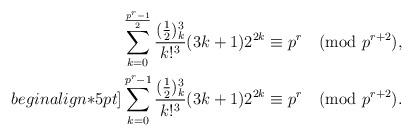
LaTeX: \begin{align*}\sum_{k=0}^{\frac{p^r-1}{2}} \frac{(\frac{1}{2})_k^3}{k!^3}(3k+1)2^{2k} &\equiv p^r \pmod{p^{r+2}}, \\begin{align*}5pt]\sum_{k=0}^{p^r-1} \frac{(\frac{1}{2})_k^3}{k!^3}(3k+1)2^{2k} &\equiv p^r \pmod{p^{r+2}}. \end{align*}